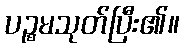
ပဉ္စမသုတ်ပြီး၏။